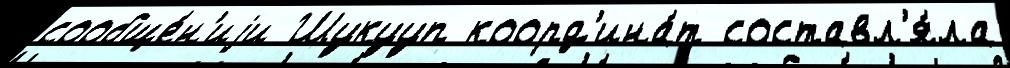
сообще́н'иjи Шукууп коорд'ина́т составл'я́ла